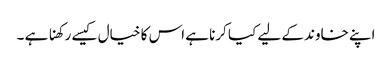
اپنے خاوند کے لیے کیا کرنا ہے اس کا خیال کیسے رکھنا ہے ۔